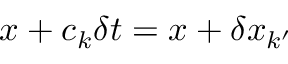
\boldsymbol { x } + \boldsymbol { c } _ { k } \delta t = \boldsymbol { x } + \delta \boldsymbol { x } _ { k ^ { \prime } }